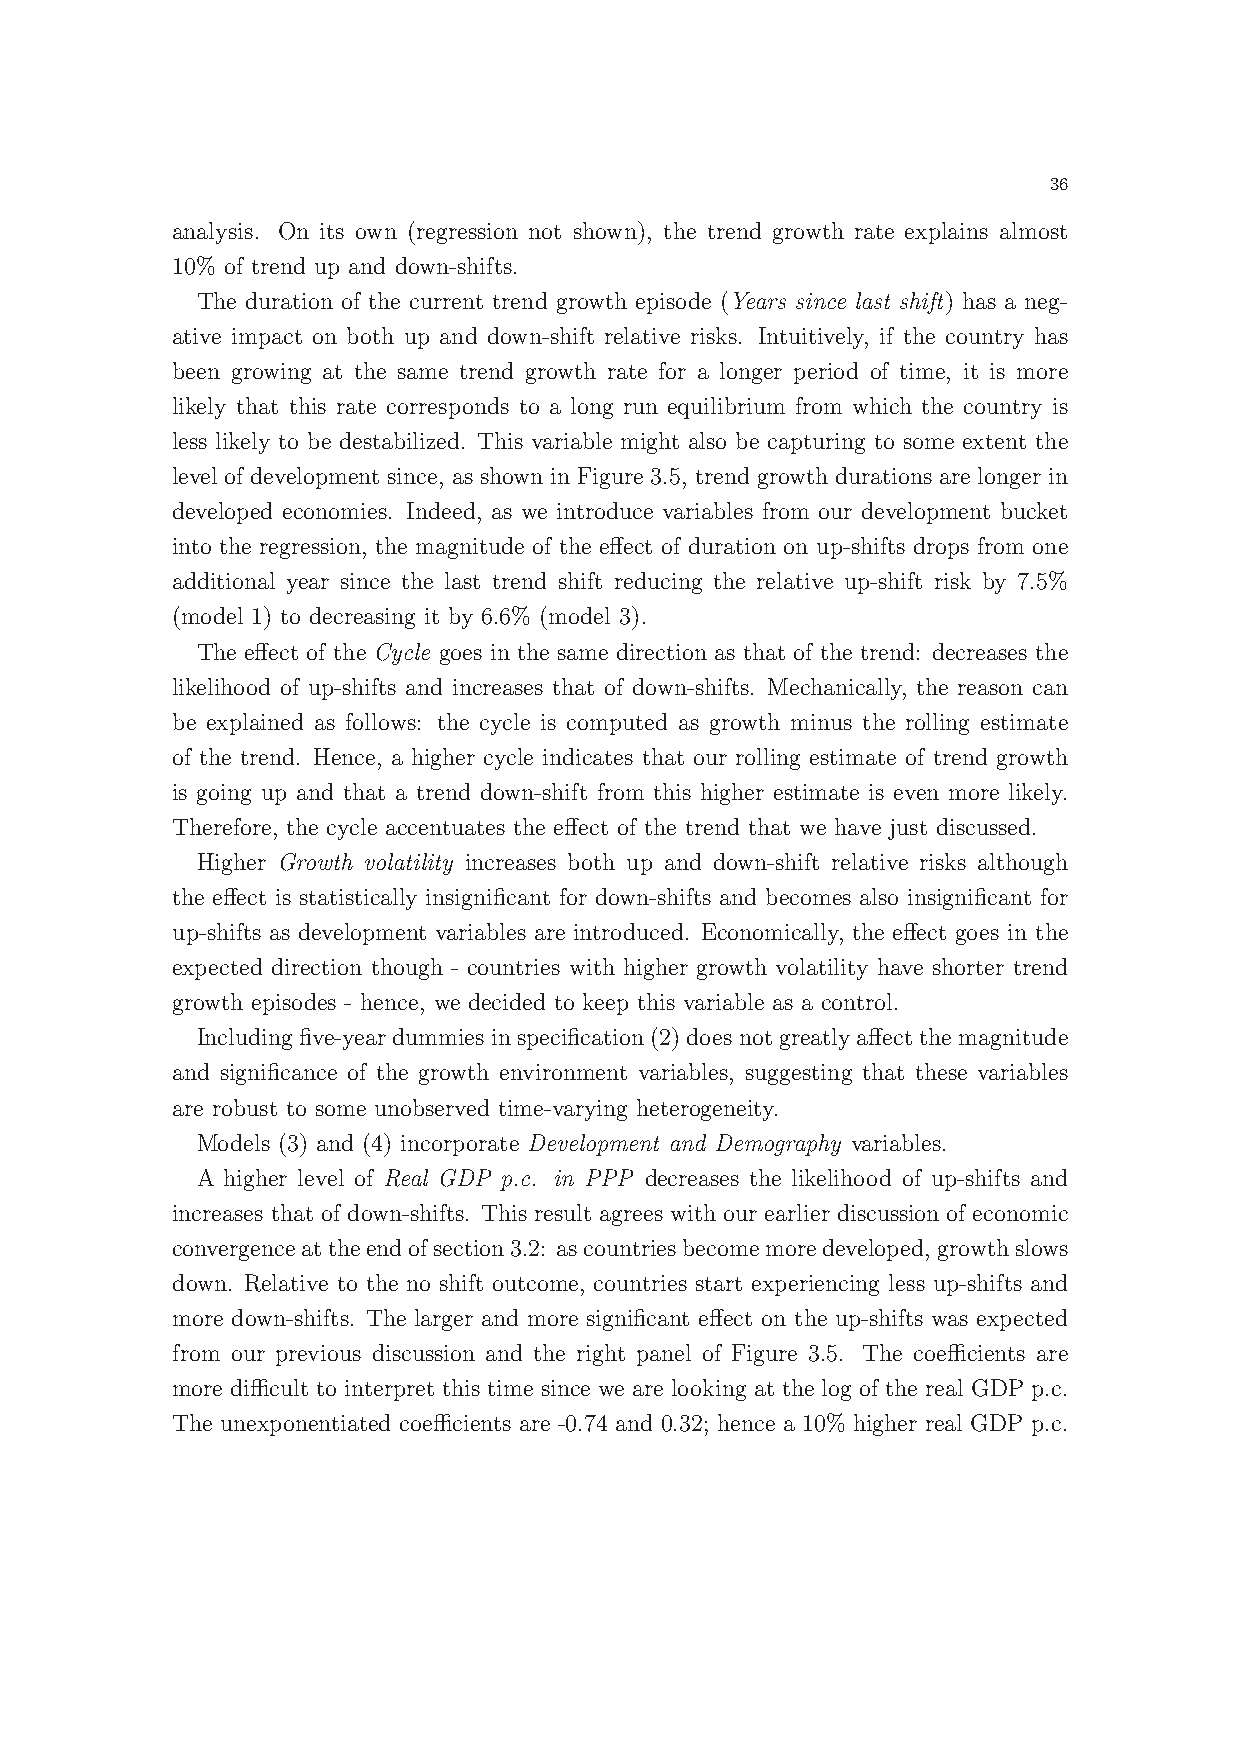
36
 analysis. On its own (regression not shown), the trend growth rate explains almost
 10% of trend up and down-shifts.
 The duration of the current trend growth episode (Years since last shift) has a neg-
 ative impact on both up and down-shift relative risks. Intuitively, if the country has
 been growing at the same trend growth rate for a longer period of time, it is more
 likely that this rate corresponds to a long run equilibrium from which the country is
 less likely to be destabilized. This variable might also be capturing to some extent the
 level of development since, as shown in Figure 3.5, trend growth durations are longer in
 developed economies. Indeed, as we introduce variables from our development bucket
 into the regression, the magnitude of the effect of duration on up-shifts drops from one
 additional year since the last trend shift reducing the relative up-shift risk by 7.5%
 (model 1) to decreasing it by 6.6% (model 3).
 The effect of the Cycle goes in the same direction as that of the trend: decreases the
 likelihood of up-shifts and increases that of down-shifts. Mechanically, the reason can
 be explained as follows: the cycle is computed as growth minus the rolling estimate
 of the trend. Hence, a higher cycle indicates that our rolling estimate of trend growth
 is going up and that a trend down-shift from this higher estimate is even more likely.
 Therefore, the cycle accentuates the effect of the trend that we have just discussed.
 Higher Growth volatility increases both up and down-shift relative risks although
 the effect is statistically insignificant for down-shifts and becomes also insignificant for
 up-shifts as development variables are introduced. Economically, the effect goes in the
 expected direction though - countries with higher growth volatility have shorter trend
 growth episodes - hence, we decided to keep this variable as a control.
 Includingfive-yeardummiesinspecification(2)doesnotgreatlyaffectthemagnitude
 and significance of the growth environment variables, suggesting that these variables
 are robust to some unobserved time-varying heterogeneity.
 Models (3) and (4) incorporate Development and Demography variables.
 A higher level of Real GDP p.c. in PPP decreases the likelihood of up-shifts and
 increases that of down-shifts. This result agrees with our earlier discussion of economic
 convergenceattheendofsection3.2: ascountriesbecomemoredeveloped,growthslows
 down. Relative to the no shift outcome, countries start experiencing less up-shifts and
 more down-shifts. The larger and more significant effect on the up-shifts was expected
 from our previous discussion and the right panel of Figure 3.5. The coefficients are
 more difficult to interpret this time since we are looking at the log of the real GDP p.c.
 The unexponentiated coefficients are -0.74 and 0.32; hence a 10% higher real GDP p.c.